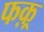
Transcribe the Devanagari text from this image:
फक़्र